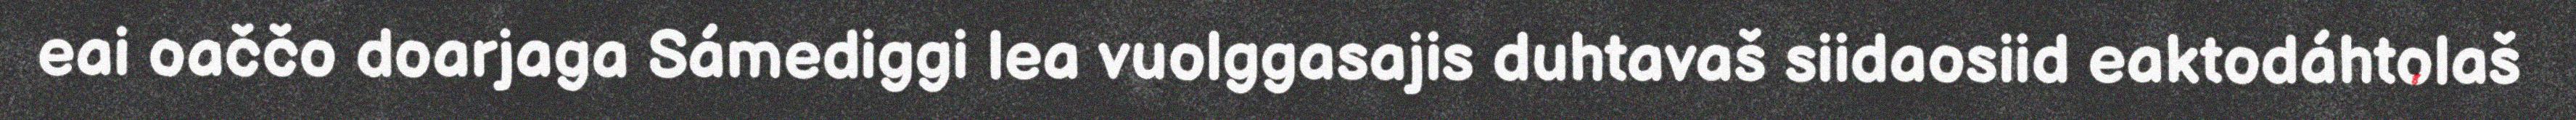
eai oaččo doarjaga Sámediggi lea vuolggasajis duhtavaš siidaosiid eaktodáhtolaš